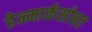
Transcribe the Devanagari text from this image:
डेन्मार्कसोबत